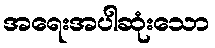
အရေးအပါဆုံးသော